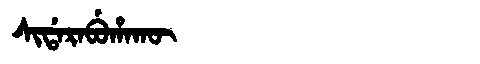
Manchu: ᠰᡳᡩᠠᡵᠠᠪᡠᡥᠠᡴᡡ
Romanization: SIDARABUHAKŪ